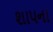
શાપના